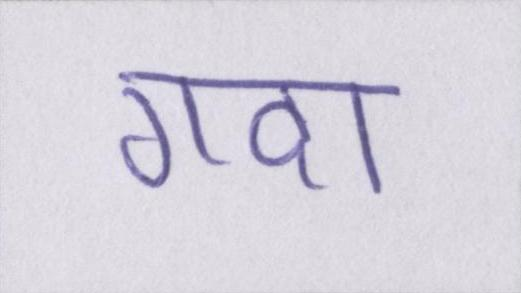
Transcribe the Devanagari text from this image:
गदा